system: You are a helpful assistant.
user:
Analyze the provided spectrum to determine if it is a **"Cataclysmic Variables (CV)"**.

- **Key Indicators for CV (Check for either state):**
    - **State 1: Quiescent / Low-State (Emission-Dominated)**
        - **(Primary):** Strong and *very broad* Hydrogen Balmer emission lines (e.g., $H\alpha$ at 6563 Å, $H\beta$ at 4861 Å). The 'broadness' (high velocity dispersion, often FWHM > 1000 km/s) is the key diagnostic, indicating a high-velocity accretion disk.
        - **(Secondary):** Broad neutral Helium (He I) emission lines (e.g., 5876 Å, 6678 Å).
        - **(Key Confirmation):** Presence of high-excitation *ionized* Helium (He II) emission at 4686 Å. This is a strong indicator of accretion onto a white dwarf.
        - **(Line Profile):** Emission lines may exhibit a 'double-peaked' profile, which is a classic signature of a rotating accretion disk viewed at high inclination.

    - **State 2: Outburst / High-State (Absorption-Dominated)**
        - **(Primary):** Spectrum is dominated by a bright, blue continuum (looks like a hot star).
        - **(Secondary):** The emission lines from State 1 are weak, absent, or 'filled in', and are replaced by broad, shallow *absorption* lines (primarily Balmer and He I).
        - **(Morphology):** The overall spectrum mimics a hot B/A-type star. The crucial difference is that the absorption lines are significantly broader, shallower, and more 'washed-out' (or 'smeared') than the sharp lines of a normal stellar photosphere, due to high rotational speeds and pressure broadening in the disk.

Think first, call **spectral_visualization_tool** if needed to examine features in detail, then provide your final answer. Your response must adhere to the following strict rules:
1.  **Overall Structure:** Your response must follow the format `<think>...</think> <tool_call>...</tool_call> (if a tool is used) <answer>...</answer>`.
2.  **Tool Usage Constraint:** You may only make **one** tool call per turn.
3.  **Final Answer Format:** In the `<answer>` tag, your conclusion must be inside a `\boxed{}` command (e.g., `\boxed{YES}`), followed by your justification.

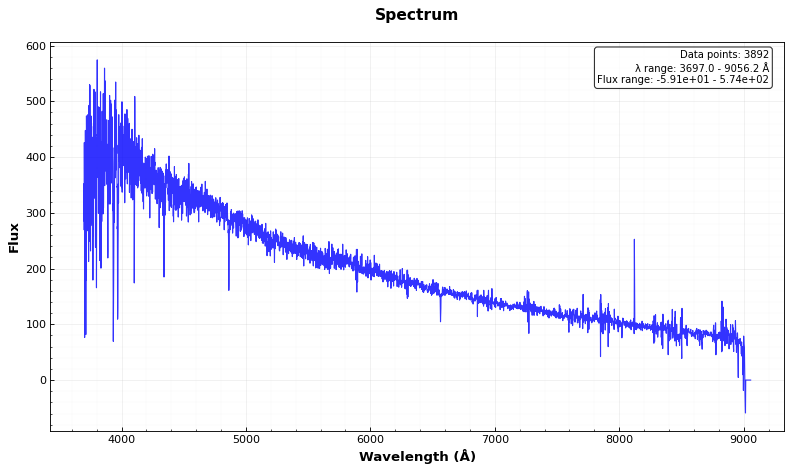
Answer: NO